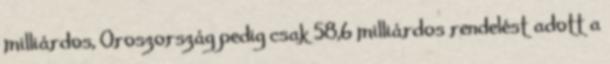
milliárdos, Oroszország pedig csak 58,6 milliárdos rendelést adott a